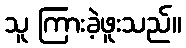
သူ ကြားခဲ့ဖူးသည်။